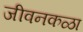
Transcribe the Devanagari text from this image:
जीवनकळा